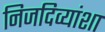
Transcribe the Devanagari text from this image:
निजदिव्यांशा